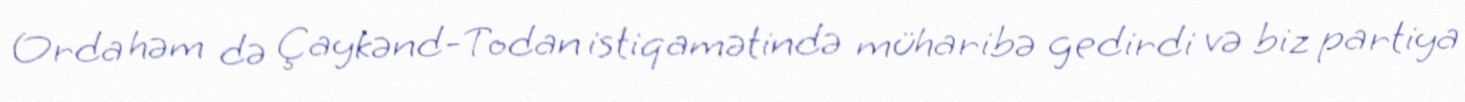
Orda həm də Çaykənd-Todan istiqamətində müharibə gedirdi və biz partiya